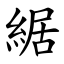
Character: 䋧